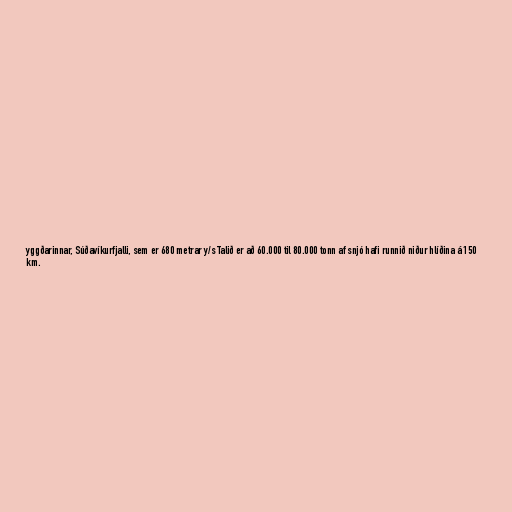
yggðarinnar, Súðavíkurfjalli, sem er 680 metrar y/s Talið er að 60.000 til 80.000 tonn af snjó hafi runnið niður hlíðina á 150
km.